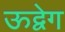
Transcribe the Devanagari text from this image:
ऊद्वेग